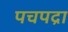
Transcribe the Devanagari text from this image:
पचपद्रा